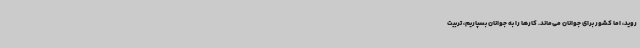
‌روید، اما کشور برای جوانان می‌ماند. کارها را به جوانان بسپاریم، تربیت